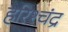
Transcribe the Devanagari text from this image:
हरिश्‍चंद्र